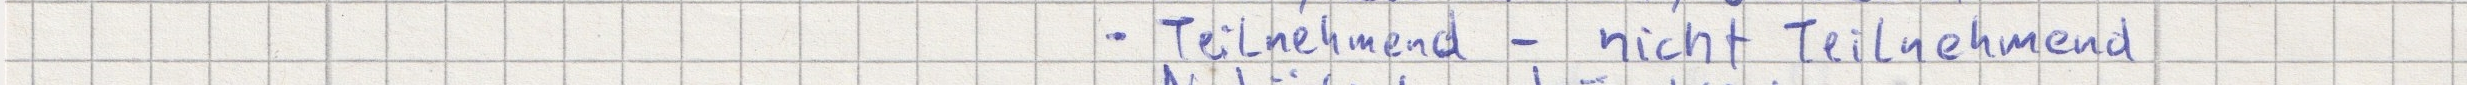
- Teilnehmend  - nicht Teilnehmend